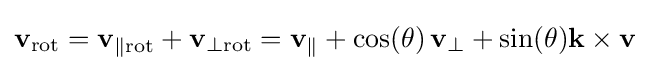
\mathbf {v} _{\mathrm {rot} }=\mathbf {v} _{\parallel \mathrm {rot} }+\mathbf {v} _{\perp \mathrm {rot} }=\mathbf {v} _{\parallel }+\cos(\theta )\,\mathbf {v} _{\perp }+\sin(\theta )\mathbf {k} \times \mathbf {v}